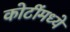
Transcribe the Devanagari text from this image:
कोटींमध्ये